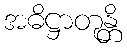
အဓိဋ္ဌာတုန္တိ